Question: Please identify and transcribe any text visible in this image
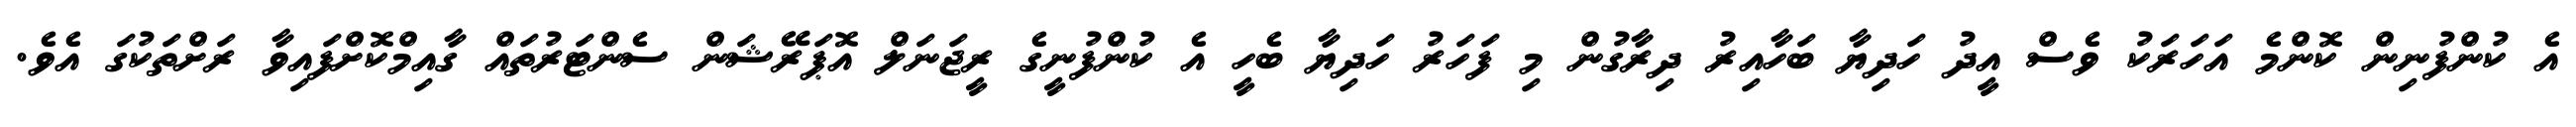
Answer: އެ ކުންފުނިން ކޮންމެ އަހަރަކު ވެސް އީދު ހަދިޔާ ބަހާއިރު ދިރާގުން މި ފަހަރު ހަދިޔާ ބެހީ އެ ކުންފުނީގެ ރީޖަނަލް އޮޕަރޭޝަން ސެންޓަރުތައް ގާއިމްކޮށްފައިވާ ރަށްތަކުގަ އެވެ.